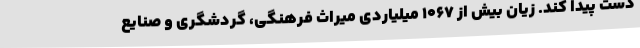
دست پیدا کند. زیان بیش از 1067 میلیاردی میراث فرهنگی، گردشگری و صنایع